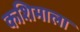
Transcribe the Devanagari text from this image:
कशिमाला